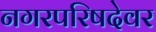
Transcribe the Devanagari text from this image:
नगरपरिषदेवर